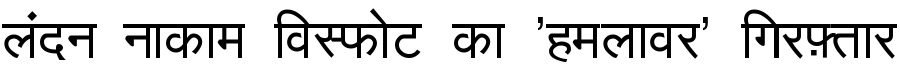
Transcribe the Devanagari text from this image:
लंदन नाकाम विस्फोट का 'हमलावर' गिरफ़्तार